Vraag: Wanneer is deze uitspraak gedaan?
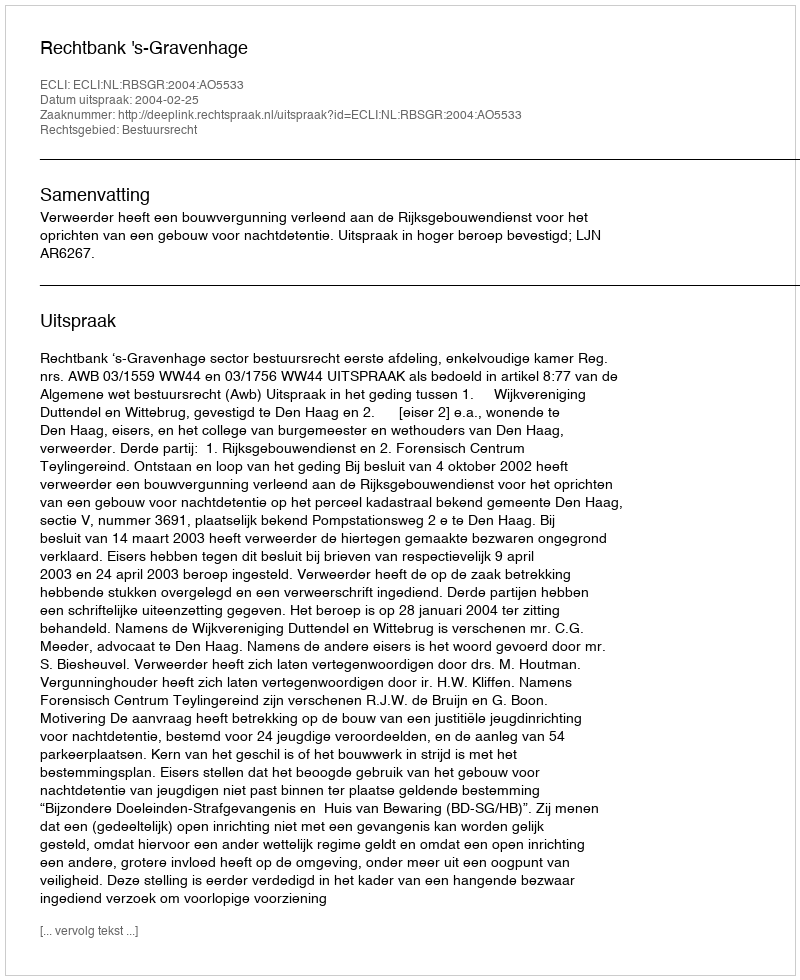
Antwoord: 2004-02-25